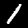
Label: 1